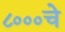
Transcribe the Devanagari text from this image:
८०००चे